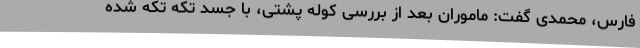
فارس، محمدی گفت: ماموران بعد از بررسی کوله پشتی، با جسد تکه تکه شده